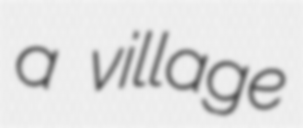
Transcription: a village